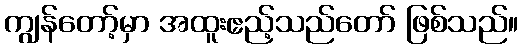
ကျွန်တော့်မှာ အထူးဧည့်သည်တော် ဖြစ်သည်။